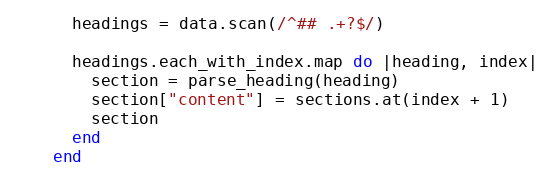
Language: Ruby
      headings = data.scan(/^## .+?$/)

      headings.each_with_index.map do |heading, index|
        section = parse_heading(heading)
        section["content"] = sections.at(index + 1)
        section
      end
    end